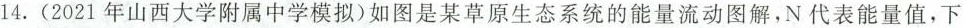
14. (2021年山西大学附属中学模拟)如图是某草原生态系统的能量流动图解，N代表能量值，下